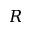
R